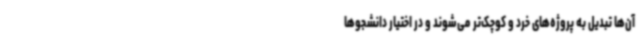
آن‌ها تبدیل به پروژه‌های خرد و کوچک‌تر می‌شوند و در اختیار دانشجوها